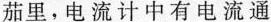
茄里，电流计中有电流通